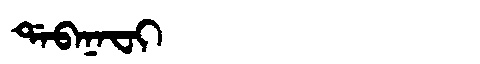
Manchu: ᡩᠠᠪᠠᠨᠠᠸᡳ
Romanization: DABANAFI